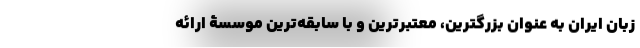
زبان ایران به عنوان بزرگترین، معتبرترین و با سابقه‌ترین موسسۀ ارائه